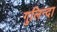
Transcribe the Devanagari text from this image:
गुलिन्दा